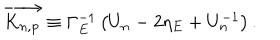
\overrightarrow { K _ { n , \mathbf { p } } } \equiv \Gamma _ { E } ^ { - 1 } \left( U _ { n } - 2 \eta _ { E } + U _ { n } ^ { - 1 } \right) .